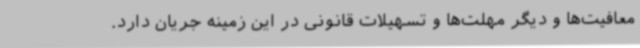
معافیت‌ها و دیگر مهلت‌ها و تسهیلات قانونی در این زمینه جریان دارد.